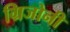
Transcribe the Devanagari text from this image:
ग्रिजोनी